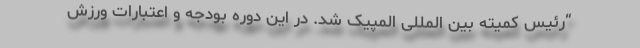
“رئیس کمیته بین المللی المپیک شد. در این دوره بودجه و اعتبارات ورزش